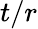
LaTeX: t/r